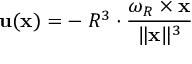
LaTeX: \mathbf { u } ( \mathbf { x } ) = - \; R ^ { 3 } \cdot { \frac { { \boldsymbol { \omega } } _ { R } \times \mathbf { x } } { \| \mathbf { x } \| ^ { 3 } } }